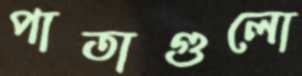
পাতাগুলো